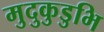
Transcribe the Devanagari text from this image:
मुदुकुडुभि